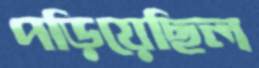
পড়িয়েছিল